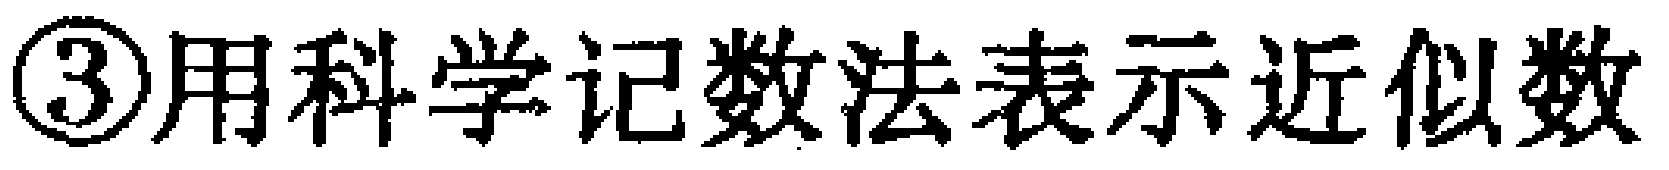
\textcircled{3}用科学记数法表示近似数